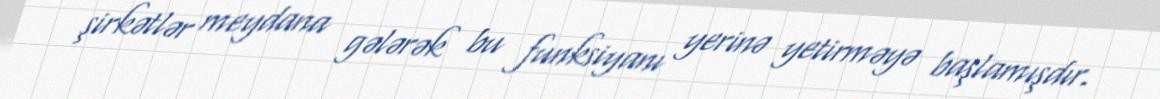
şirkətlər meydana gələrək bu funksiyanı yerinə yetirməyə başlamışdır.